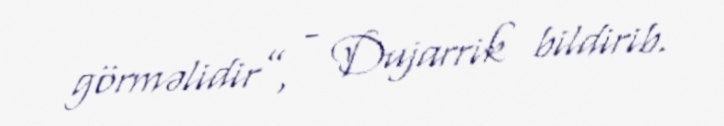
görməlidir”, - Dujarrik bildirib.